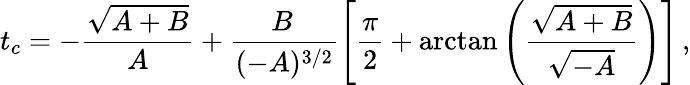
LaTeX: t_{c}=-\frac{\sqrt{A+B}}{A}+\frac{B\, }{(-A)^{3/2}}\left[\frac{\pi}{2}+\mathrm{arctan}\left(\frac{\sqrt{A+B}}{\sqrt{-A}}\right)\right]\, ,